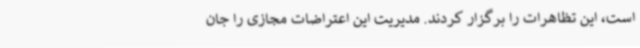
است، این تظاهرات را برگزار کردند. مدیریت این اعتراضات مجازی را جان